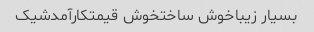
بسیار زیباخوش ساختخوش قیمتکارآمدشیک